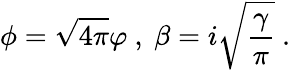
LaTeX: \phi=\sqrt{4\pi}\varphi\ ,\ \beta=i\sqrt{\frac{\gamma}{\pi}}\ .